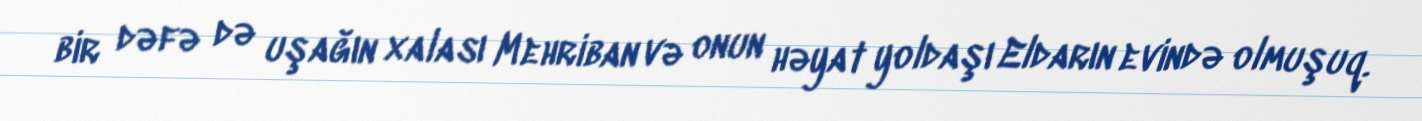
bir dəfə də uşağın xalası Mehriban və onun həyat yoldaşı Eldarın evində olmuşuq.